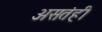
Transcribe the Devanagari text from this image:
असतंही